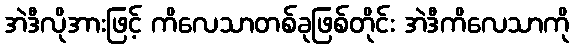
အဲဒီလိုအားဖြင့် ကိလေသာတစ်ခုဖြစ်တိုင်း အဲဒီကိလေသာကို